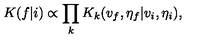
K ( f | i ) \propto \prod _ { k } K _ { k } ( v _ { f } , \eta _ { f } | v _ { i } , \eta _ { i } ) ,